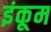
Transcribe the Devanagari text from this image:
इंकूम